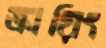
ক্রায়িং